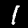
Label: 1